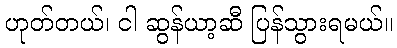
ဟုတ်တယ်၊ ငါ ဆွန်ယာ့ဆီ ပြန်သွားရမယ်။